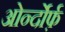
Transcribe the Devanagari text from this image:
ओर्न्दोर्फ़